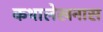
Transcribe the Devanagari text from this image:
कथालेखनास